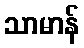
သာမာန်